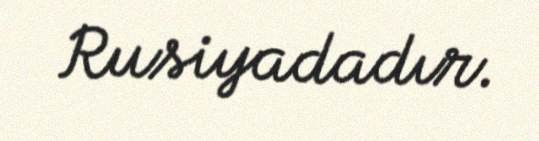
Rusiyadadır.